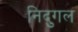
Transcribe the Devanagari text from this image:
निदुगल